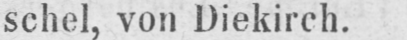
schel, von Diekirch.